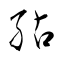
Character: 鮎